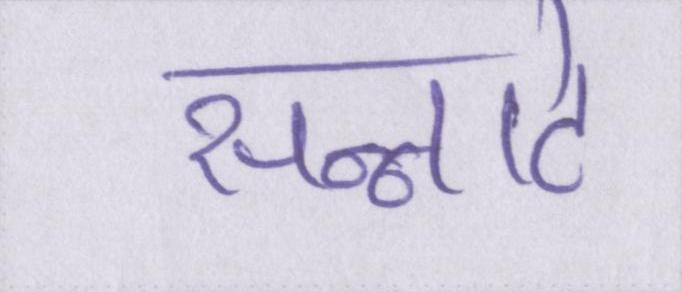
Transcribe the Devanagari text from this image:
सन्नाटे